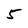
Character: 5